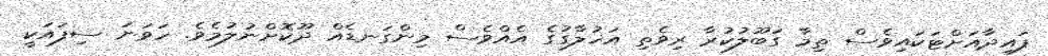
ފައިދާއަށްޓަކައިވެސް ތިމާ ގަބޫލުކުރާ ރިވެތި އަޚުލާގުގެ އެއްވެސް މިންގަނޑެއް ދޫކޮށްނުލުމެވެ. ހަވަނަ ސިފައަކީ